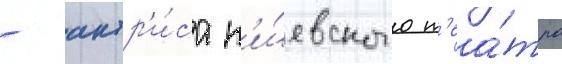
- актр'и́са к'и́евского т'еа́тра